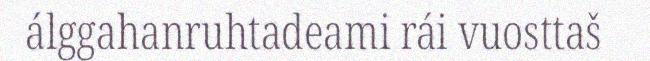
álggahanruhtadeami rái vuosttaš